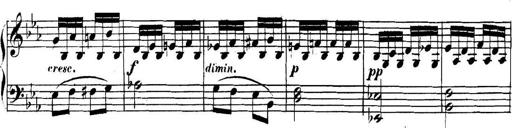
Title: Collected Piano Sonatas
Composer: Muzio Clementi